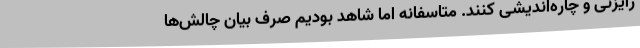
رایزنی و چاره‌اندیشی کنند. متاسفانه اما شاهد بودیم صرفِ بیان چالش‌ها